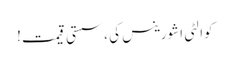
کوالٹی اشورینس کی ، سستی قیمت!